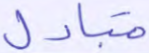
متبادل